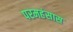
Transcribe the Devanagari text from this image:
परमहंसास